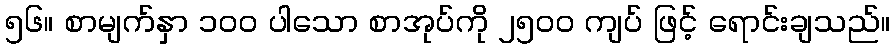
၅၆။ စာမျက်နှာ ၁၀၀ ပါသော စာအုပ်ကို ၂၅၀၀ ကျပ် ဖြင့် ရောင်းချသည်။